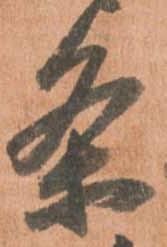
条